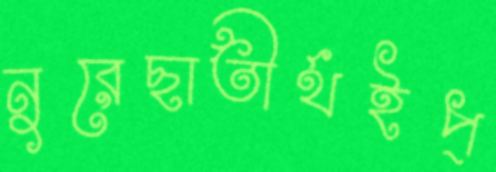
নুরেছাতীর্থইপ্